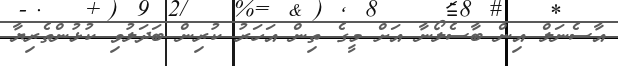
އާސެނަލް އިން ބާސެލޯނާ އަށް މީގެ ތިން އަހަރު ކުރިން ބަދަލުވި ކުޅުންތެރިޔާ